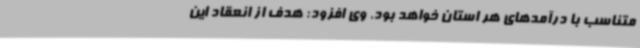
متناسب با درآمدهای هر استان خواهد بود. وی افزود: هدف از انعقاد این